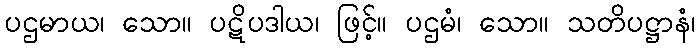
ပဌမာယ၊ သော။ ပဋိပဒါယ၊ ဖြင့်။ ပဌမံ၊ သော။ သတိပဋ္ဌာနံ၊